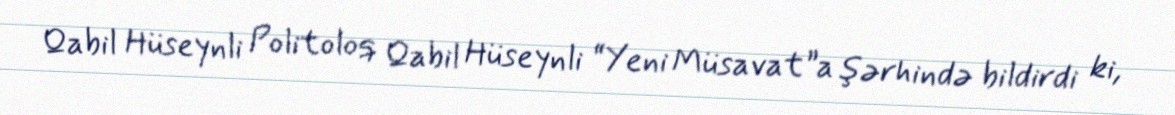
Qabil Hüseynli Politoloq Qabil Hüseynli “Yeni Müsavat”a şərhində bildirdi ki,